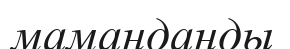
маманданды